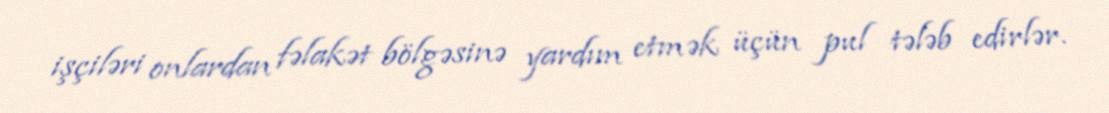
işçiləri onlardan fəlakət bölgəsinə yardım etmək üçün pul tələb edirlər.